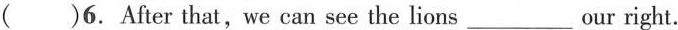
( )6. After that, we can see the lions___ our right.